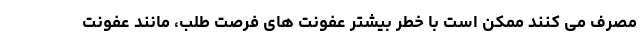
مصرف می کنند ممکن است با خطر بیشتر عفونت های فرصت طلب، مانند عفونت